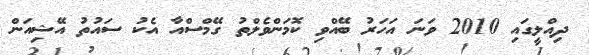
ދިއްލީގައި 2010 ވަނަ އަހަރު ބޭއްވި ކޮމަންވެލްތު ގޭމްސްއާ އެކު ސައުތު އޭޝިއަން